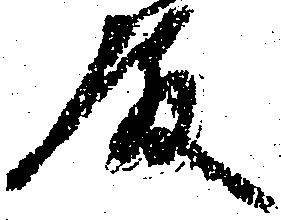
殿